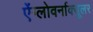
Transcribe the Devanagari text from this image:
ऐंग्लोवर्नाक्यूलर